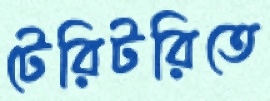
টেরিটরিতে